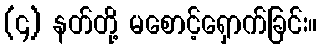
(၄) နတ်တို့ မစောင့်ရှောက်ခြင်း။